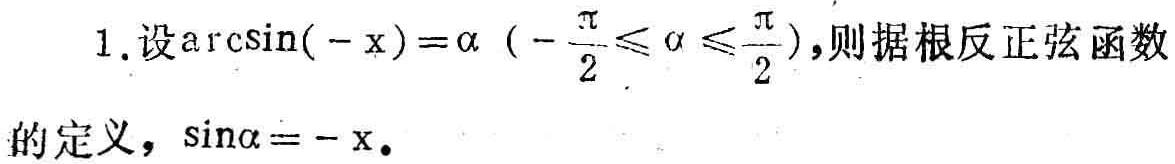
1. 设\(\arcsin(-x)=\alpha\left(-\frac{\pi}{2}\leq\alpha\leq\frac{\pi}{2}\right)\)，则据根反正弦函数的定义，\(\sin\alpha = -x\)。